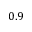
0 . 9